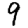
Digit: 9